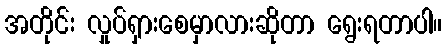
အတိုင်း လှုပ်ရှားစေမှာလားဆိုတာ ရွေးရတာပါ။